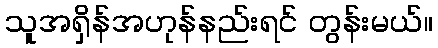
သူအရှိန်အဟုန်နည်းရင် တွန်းမယ်။